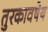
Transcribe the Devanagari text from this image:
तुरकावषेय